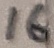
Text: 16